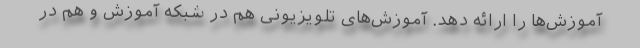
آموزش‌ها را ارائه دهد. آموزش‌های تلویزیونی هم در شبکه آموزش و هم در